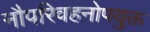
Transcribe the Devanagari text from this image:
नौपरिवहनोपयुक्त